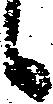
候